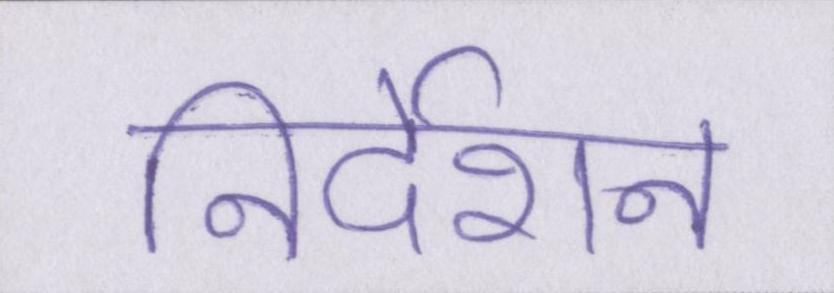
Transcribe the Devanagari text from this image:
निर्देशन